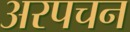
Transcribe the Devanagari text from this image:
अरपचन